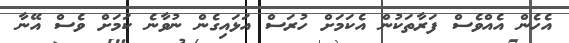
އެހެން އެއްވެސް ފަރާތަކުން އެކަމަށް ހުރަސް އަޅައިގެން ނުވާނެ ކަމަށް ވެސް އޭނާ